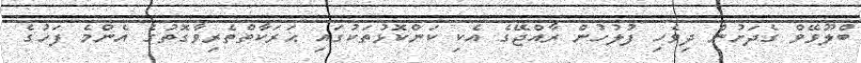
ބްލޫވޭވް ގެދަށުން ދިވެހި ފުލުހުން ރާއްޖޭގެ އެކި ކަންކޮޅުތަކުގައި ޙަރަކާތްތެރިވާގޮތުގެ އެންމެ ފަހުގެ